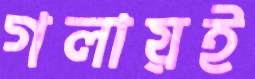
গলায়ই